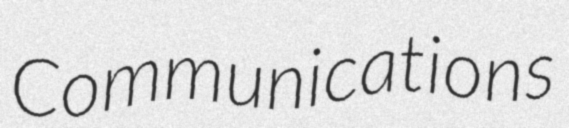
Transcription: Communications